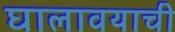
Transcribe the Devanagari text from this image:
घालावयाची